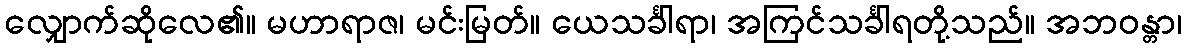
လျှောက်ဆိုလေ၏။ မဟာရာဇ၊ မင်းမြတ်။ ယေသင်္ခါရာ၊ အကြင်သင်္ခါရတို့သည်။ အဘဝန္တာ၊